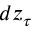
d { z _ { \tau } }